Scottish Leaving Certificate Examination, 1951
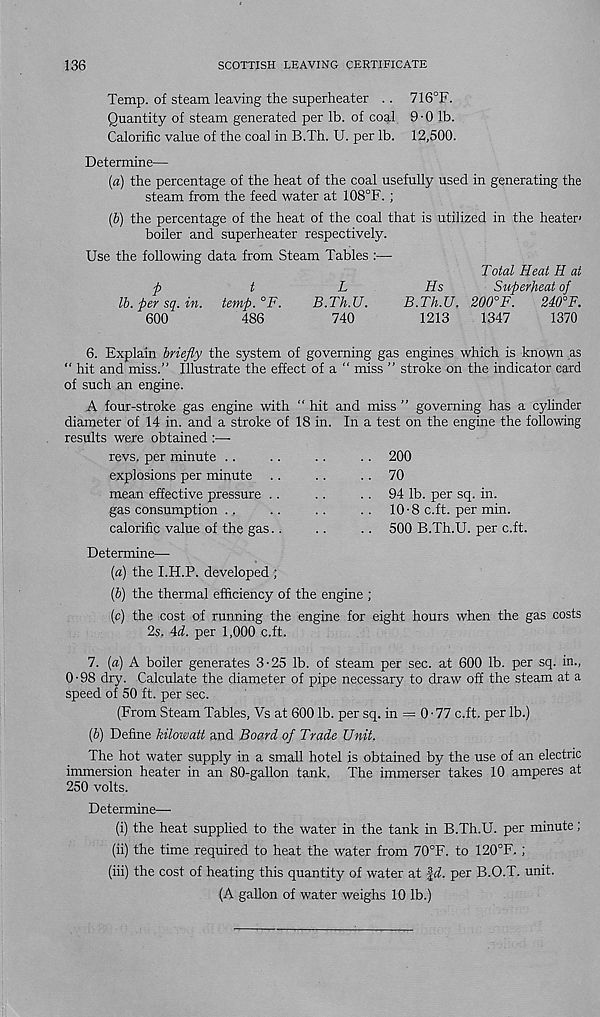
136
SCOTTISH LEAVING CERTIFICATE
Temp, of steam leaving the superheater .. 716°F.
Quantity of steam generated per lb. of coal 9-0 lb.
Calorific value of the coal in B.Th. U. per lb. 12,500.
Determine—
(a) the percentage of the heat of the coal usefully used in generating the
steam from the feed water at 108°F. ;
(b) the percentage of the heat of the coal that is utilized in the heater'
boiler and superheater respectively.
Use the following data from Steam Tables :—-
Total Heat H at
p
t
L
Hs
Superheat of
lb. per sq. in. temp.°F.
B.Th.U.
B.Th.U. 200°F.
240°F.
600
486
740
1213
1347
1370
6. Explain briefly the system of governing gas engines which is known as
“ hit and miss.” Illustrate the effect of a “ miss ” stroke on the indicator card
of such an engine.
A four-stroke gas engine with “ hit and miss ” governing has a cylinder
diameter of 14 in. and a stroke of 18 in. In a test on the engine the following
results were obtained :—-
revs, per minute ..
explosions per minute
mean effective pressure ..
gas consumption ..
calorific value of the gas..
Determine—■
{a) the I.H.P. developed ;
(6) the thermal efficiency of the engine ;
(c) the cost of running the engine for eight hours when the gas costs
2s, Ad. per 1,000 c.ft.
7. [a) A boiler generates 3-25 lb. of steam per sec. at 600 lb. per sq. in.,
0-98 dry. Calculate the diameter of pipe necessary to draw off the steam at a
speed of 50 ft. per sec.
(From Steam Tables, Vs at 600 lb. per sq. in = 0 - 77 c.ft. per lb.)
(b) Define kilowatt and Board of Trade Unit.
The hot water supply in a small hotel is obtained by the use of an electric
immersion heater in an 80-gallon tank. The immerser takes 10 amperes at
250 volts.
Determine—-
(i) the heat supplied to the water in the tank in B.Th.U. per minute;
(ii) the time required to heat the water from 70°F. to 120°F.;
(iii) the cost of heating this quantity of water at ftf. per B.O.T. unit.
(A gallon of water weighs 10 lb.)
200
70
94 lb. per sq. in.
10-8 c.ft. per min.
500 B.Th.U. per c.ft.